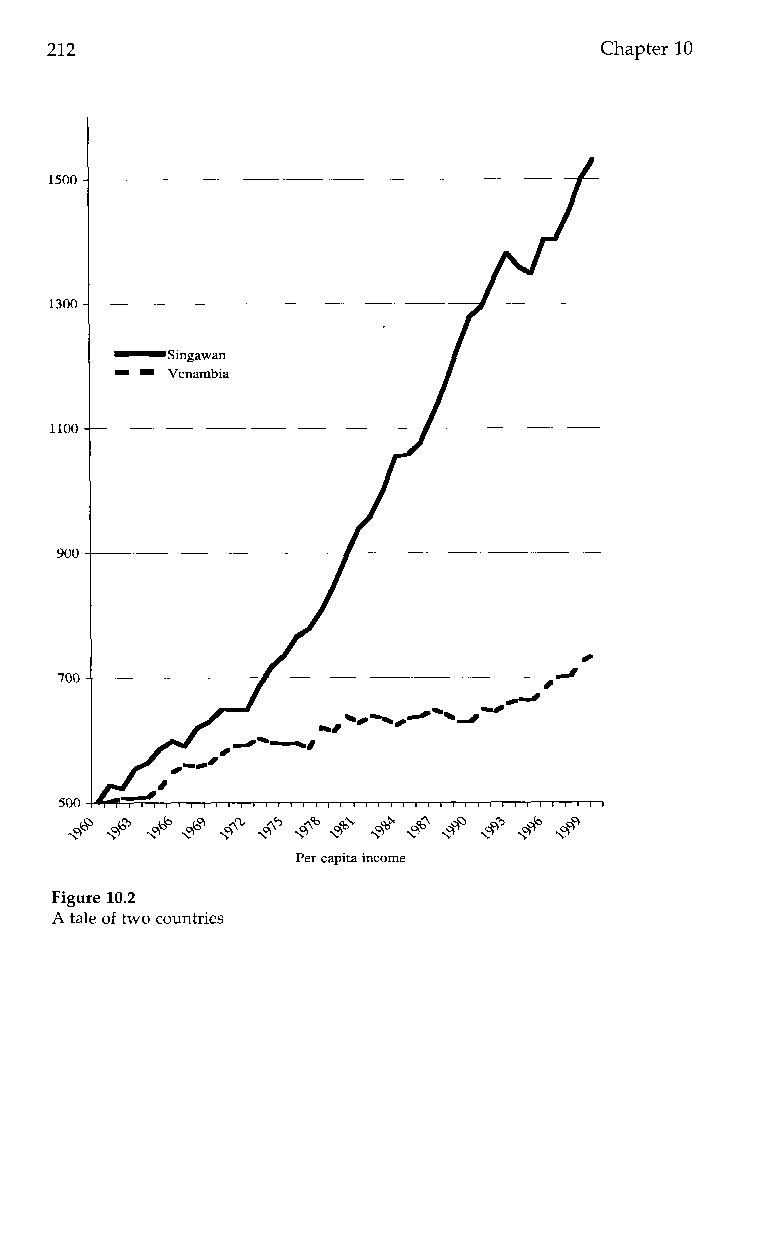
212                                  Chapter 10
 1s o0
 1300
 1100
 900
 700
 so0
 Figure 10.2
 A tale of two countries